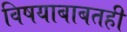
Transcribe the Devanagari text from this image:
विषयाबाबतही